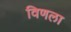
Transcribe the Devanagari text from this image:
विणला